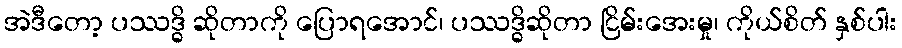
အဲဒီတော့ ပဿဒ္ဓိ ဆိုတာကို ပြောရအောင်၊ ပဿဒ္ဓိဆိုတာ ငြိမ်းအေးမှု၊ ကိုယ်စိတ် နှစ်ပါး